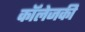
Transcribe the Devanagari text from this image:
कॉलेजकी